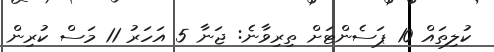
ކުލިތައް 10 ޕަސެންޓަށް ތިރިވާނެ: ޖަނާ 5 އަހަރު 11 މަސް ކުރިން